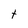
Character: t